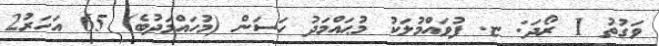
ވަގުތު 1 ރޯދަ: ޏ. ފުވައްމުލަކު މުޙައްމަދު ހަސަން (މުހައްމަދުބެ) 65 އަހަރު2